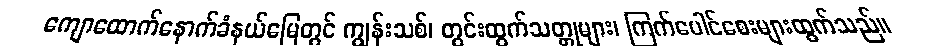
ကျောထောက်နောက်ခံနယ်မြေတွင် ကျွန်းသစ်၊ တွင်းထွက်သတ္တုများ၊ ကြက်ပေါင်စေးများထွက်သည်။